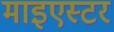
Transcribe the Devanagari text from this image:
माइएस्टर